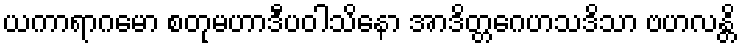
ယကာရာဂမော စတုမဟာဒီပဝါသိနော အာဒိတ္တဂေဟသဒိသာ ဗဟလန္တိ